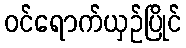
ဝင်ရောက်ယှဉ်ပြိုင်